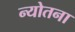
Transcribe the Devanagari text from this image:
न्योतना